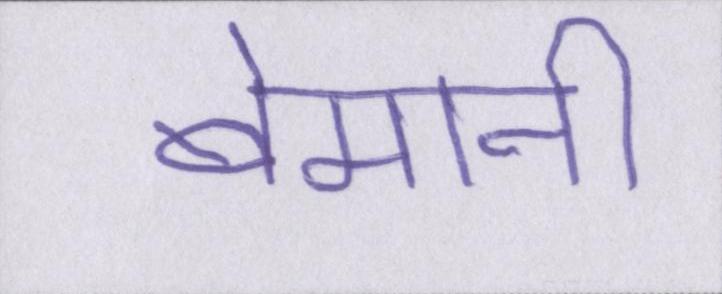
बेमानी